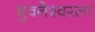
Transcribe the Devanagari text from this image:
भुवनेश्वरला